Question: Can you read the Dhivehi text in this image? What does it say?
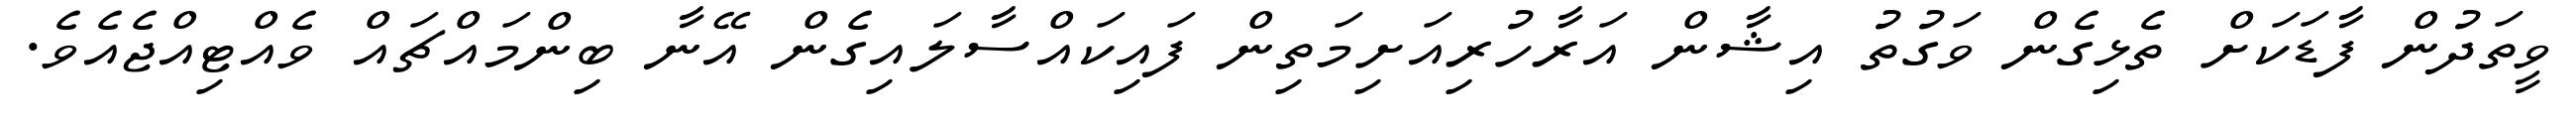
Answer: ވީތަދުން ފާޑަކަށް ތެޅިގެން ވަގުތު އިޝާން އަރާހުރިއަށިމަތިން ފައިކައްސާލައިގެން އޭނާ ބިންމައްޗައް ވެއްޓިއްޖެއެވެ.